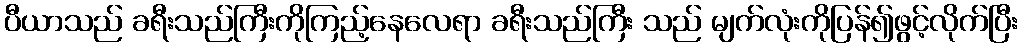
ပီယာသည် ခရီးသည်ကြီးကိုကြည့်နေလေရာ ခရီးသည်ကြီး သည် မျက်လုံးကိုပြန်၍ဖွင့်လိုက်ပြီး